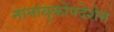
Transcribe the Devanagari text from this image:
नानायुक्तोपदेशेन